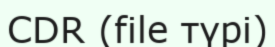
CDR (file түрі)